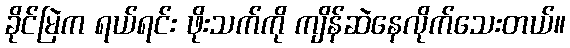
ခိုင်မြဲက ရယ်ရင်း ဖိုးသက်ကို ကျိန်ဆဲနေလိုက်သေးတယ်။